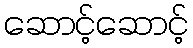
ဆောင့်ဆောင့်